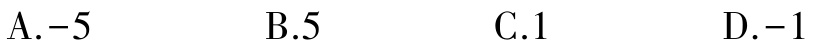
A.$-5$  B.$5$  C.$1$  D.$-1$